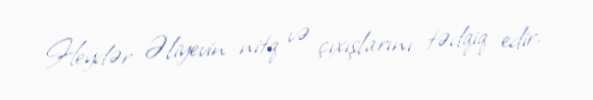
Heydər Əliyevin nitq və çıxışlarını tədqiq edir.